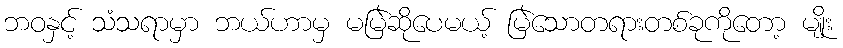
ဘဝနှင့် သံသရာမှာ ဘယ်ဟာမှ မမြဲဆိုပေမယ့် မြဲသောတရားတစ်ခုကိုတော့ မျိုး